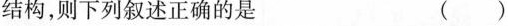
结构，则下列叙述正确的是 ( )